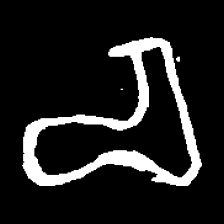
Pyu character \u2014 Myanmar letter: စ (romanized: ca)